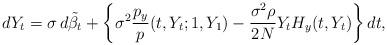
LaTeX: \begin{align*} dY_t= \sigma\,d\tilde{\beta}_t + \biggl\{\sigma^2\frac{p_y}{p}(t, Y_t; 1, Y_1)-\frac{\sigma^2 \rho}{2 N}Y_t H_y(t,Y_t) \biggr\}\,dt,\end{align*}